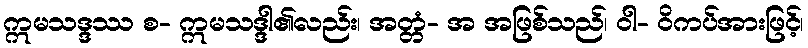
ဣမသဒ္ဒဿ စ- ဣမသဒ္ဒါ၏လည်း၊ အတ္တံ- အ အဖြစ်သည်၊ ဝါ- ဝိကပ်အားဖြင့်၊